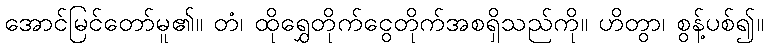
အောင်မြင်တော်မူ၏။ တံ၊ ထိုရွှေတိုက်ငွေတိုက်အစရှိသည်ကို။ ဟိတွာ၊ စွန့်ပစ်၍။